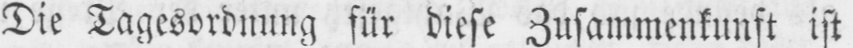
Die Tagesordnung für diese Zusammenkunft ist